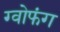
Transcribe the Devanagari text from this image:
ग्वोफंग